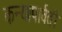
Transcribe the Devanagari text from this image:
कन्यापार्वती